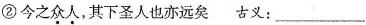
②今之众人，其下圣人也亦远矣 古义：___